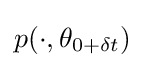
p(\cdot ,\theta _{0+\delta t})